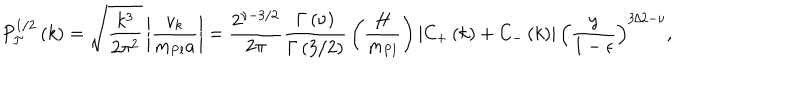
P _ { \cal T } ^ { 1 / 2 } \left( k \right) = \sqrt { \frac { k ^ { 3 } } { 2 \pi ^ { 2 } } } \left| { \frac { v _ { k } } { m _ { \mathrm { P l } } a } } \right| = { \frac { 2 ^ { \nu - 3 / 2 } } { 2 \pi } } { \frac { \Gamma \left( \nu \right) } { \Gamma \left( 3 / 2 \right) } } \left( { \frac { H } { m _ { \mathrm { P l } } } } \right) \left| C _ { \mathrm { + } } \left( k \right) + C _ { - } \left( k \right) \right| \left( { \frac { y } { 1 - \epsilon } } \right) ^ { 3 / 2 - \nu } ,